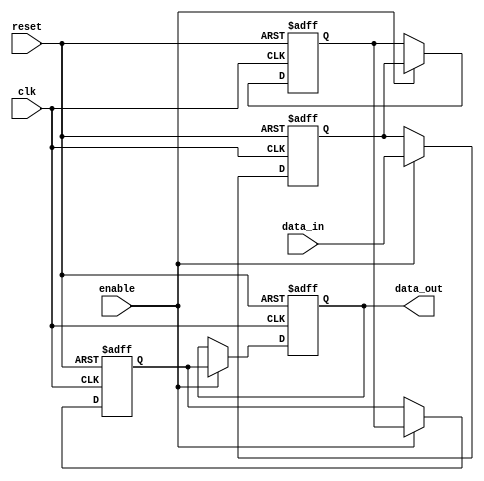
module multistage_register #(
    parameter N = 4,         // Number of stages (default is 4)
    parameter WIDTH = 8      // Width of the input data bus (default is 8 bits)
)(
    input wire clk,          // Clock signal
    input wire reset,        // Reset signal
    input wire enable,       // Enable signal
    input wire [WIDTH-1:0] data_in, // Input data bus
    output wire [WIDTH-1:0] data_out // Output data bus from the last stage
);

    // Define the registers for each stage
    reg [WIDTH-1:0] stage [0:N-1];

    // Sequential logic for the multistage register
    integer i;

    always @(posedge clk or posedge reset) begin
        if (reset) begin
            // Reset all stages to zero
            for (i = 0; i < N; i = i + 1) begin
                stage[i] <= {WIDTH{1'b0}}; // Clear each stage
            end
        end else if (enable) begin
            // Shift data through the stages
            stage[0] <= data_in; // Load the input into the first stage
            for (i = 1; i < N; i = i + 1) begin
                stage[i] <= stage[i-1]; // Shift data from previous stage
            end
        end
    end

    // Output from the last stage
    assign data_out = stage[N-1];

endmodule